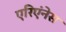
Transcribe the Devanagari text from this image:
एरिएंनेस